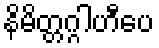
နိမိတ္တဂ္ဂါဟီပေ